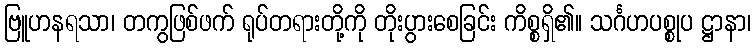
ဗြူဟနရသာ၊ တကွဖြစ်ဖက် ရုပ်တရားတို့ကို တိုးပွားစေခြင်း ကိစ္စရှိ၏။ သင်္ဂဟပစ္စုပ ဋ္ဌာနာ၊